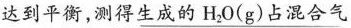
达到平衡，测得\underline{生成的H_{2}O(g)占混合气}